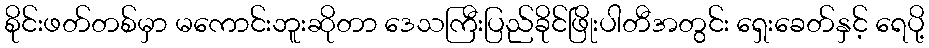
စိုင်းဖတ်တစ်မှာ မကောင်းဘူးဆိုတာ ဒေသကြီးပြည်ခိုင်ဖြိုးပါတီအတွင်း ရှေးခေတ်နှင့် ရေပို့